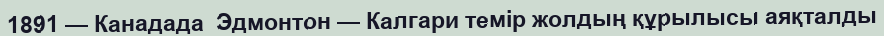
1891 — Канадада  Эдмонтон — Калгари темiр жолдың құрылысы аяқталды